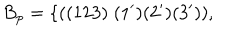
B _ { p } = \{ ( ( 1 2 3 ) \; ( 1 ^ { \prime } ) ( 2 ^ { \prime } ) ( 3 ^ { \prime } ) ) , \hspace { 3 i n }